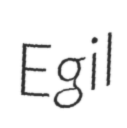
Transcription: Egil